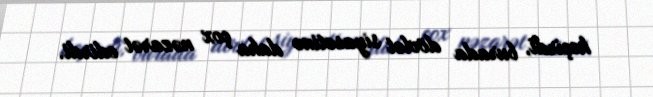
keçirdi, burada dövlət siyasətinə daha çox nəzarət edirdi.